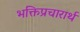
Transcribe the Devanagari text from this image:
भक्तिप्रचारार्थ